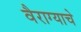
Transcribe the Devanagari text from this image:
वैराग्याचे